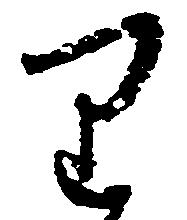
り